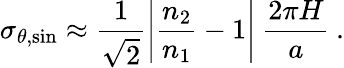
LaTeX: \sigma_{\theta,\mathrm{sin}}\approx\frac{1}{\sqrt{2}}\left|\frac{n_{2}}{n_{1}}-1\right|\: \frac{2\pi H}{a}\: .